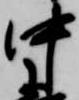
中